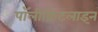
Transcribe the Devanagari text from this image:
पॉलीक्रिटलाइन